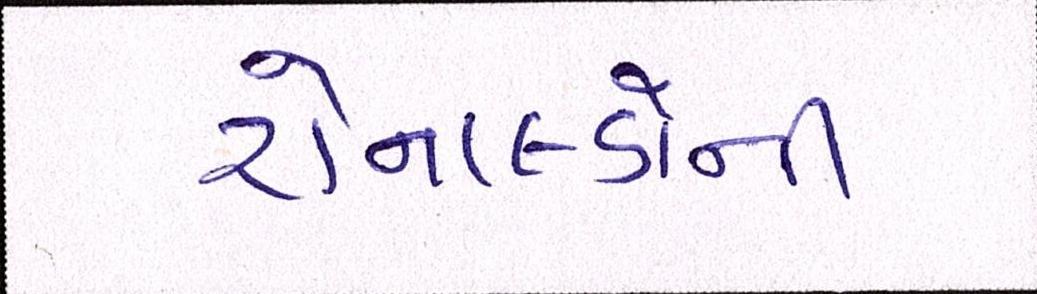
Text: રોનાલ્ડોની